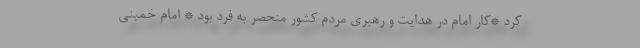
کرد *کار امام در هدایت و رهبری مردم کشور منحصر به فرد بود * امام خمینی